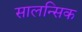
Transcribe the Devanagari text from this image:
सालन्सिक